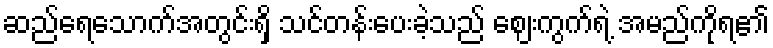
ဆည်ရေသောက်အတွင်းရှိ သင်တန်းပေးခဲ့သည် ဈေးကွက်ရဲ့ အမည်ကိုရ၏